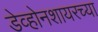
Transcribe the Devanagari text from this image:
डेव्होनशायरच्या